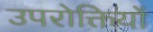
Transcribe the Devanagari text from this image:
उपरोक्तियों